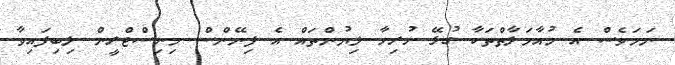
ނަމަވެސް އެ މުއާމަލާތްތަކާ ގުޅޭ ހުރިހާ ލިޔުންތައް އެ ފިނޭންސް މިނިސްޓްރީން ލިބިފައިވާ